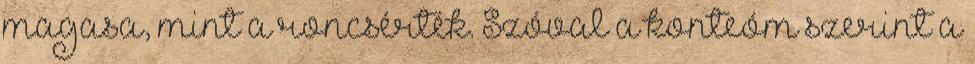
magasa, mint a roncsérték. Szóval a konteóm szerint a